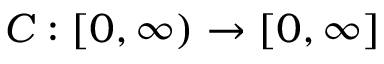
C : [ 0 , \infty ) \to [ 0 , \infty ]